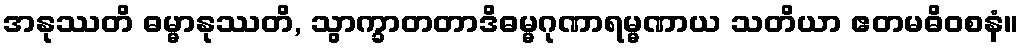
အနုဿတိ ဓမ္မာနုဿတိ, သွာက္ခာတတာဒိဓမ္မဂုဏာရမ္မဏာယ သတိယာ ဧတမဓိဝစနံ။